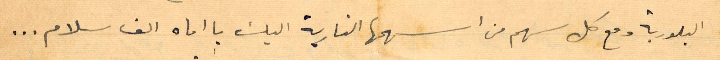
البلورية مع كل سهم من أسهمها النارية اليك يا اماه الف سلام...